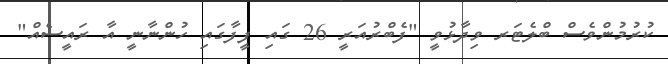
ކުރުމުންވެސް ބްލެޓަރ ވިދާޅުވީ "ފެބްރުއަރީ 26 ގައި ފީފާގައި ހުންނާނީ އާ ރައީސެއް"